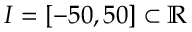
I = [ - 5 0 , 5 0 ] \subset \mathbb { R }